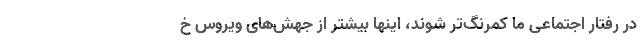
در رفتار اجتماعی ما کمرنگ‌تر شوند، اینها بیشتر از جهش‌های ویروس خ